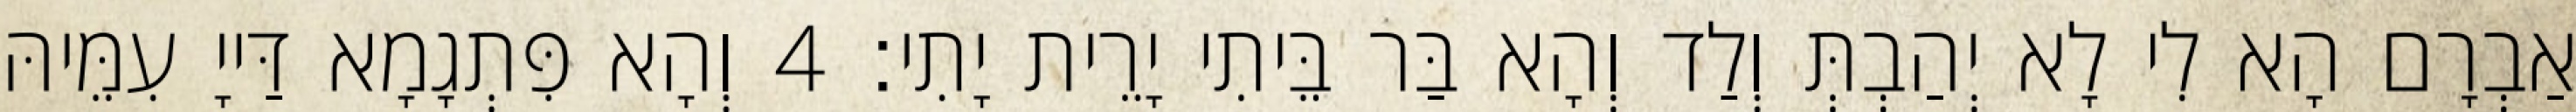
אַבְרָם הָא לִי לָא יְהַבְתְּ וְלַד וְהָא בַּר בֵּיתִי יָרֵית יָתִי׃ 4 וְהָא פִּתְגָמָא דַּייָ עִמֵּיהּ